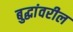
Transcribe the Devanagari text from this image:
बुद्धांवरील